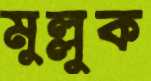
মুল্লুক